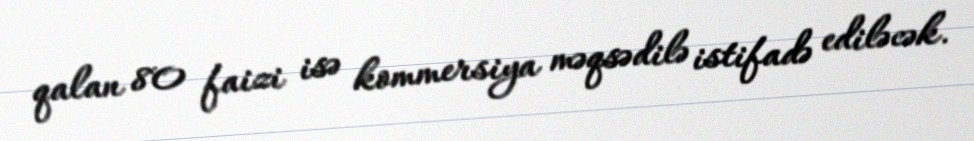
qalan 80 faizi isə kommersiya məqsədilə istifadə ediləcək.